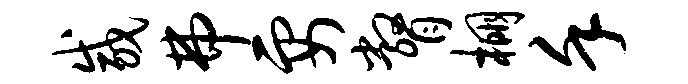
咸弗要瞥棚堇